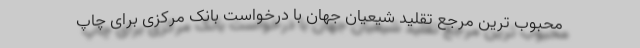
محبوب ترین مرجع تقلید شیعیان جهان با درخواست بانک مرکزی برای چاپ